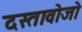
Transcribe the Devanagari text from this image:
दस्तावोजो